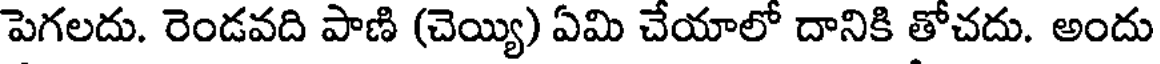
పెగలదు. రెండవది పాణి (చెయ్యి) ఏమి చేయాలో దానికి తోచదు. అందు